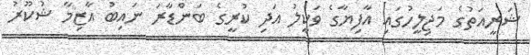
ޝަރީއަތުގެ މަޖިލީހުގައި އާފިޔާގެ ވަކީލު އަދި ކުރީގެ ބަންޑާރަ ނައިބު އާޒިމާ ޝުކޫރު